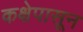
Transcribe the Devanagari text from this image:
कक्षेपासून